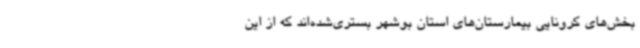
بخش‌های کرونایی بیمارستان‌های استان بوشهر بستری‌شده‌اند که از این